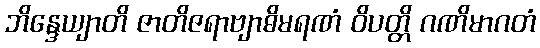
ဘိန္ဒေယျာတိ ဇာတိဇရာဗျာဓိမရဏံ ဝိပတ္တိ ဂဏိမာဂတံ